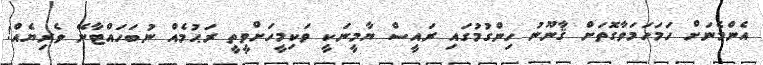
އެންމެނަށް ހަމަހަމަވާގޮތަށް ޤާނޫނު ހިންގުމުގައި ރައީސް ޔާމީނަކީ ވަކިމީހަށްވީތީ ރަޙުމެއް ނުބަހައްޓާނޭ ވެރިޔެއް!